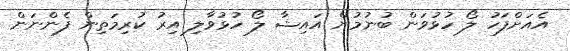
އެއަށްފަހު ލޯ ހުޅުވަން ބުނުމުން އައިޝާ ލޯ ހުޅުވާލި އިރު ކުރިމަތިން ފެންނަން